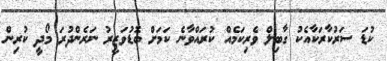
ކުޑަ ސަރުކާރަކާއެކު ގާބިލް ވެރިކަމެއް ކުރައްވާނެ ކަމަށް ބޮޑުވަޒީރު ނަރެންދުރަ މޯދީ ކުރިން